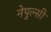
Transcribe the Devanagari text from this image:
नेपुल्सी